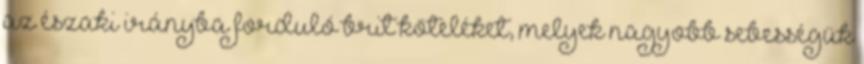
az északi irányba forduló brit köteléket, melyek nagyobb sebességük